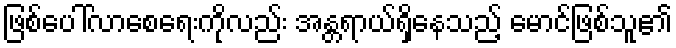
ဖြစ်ပေါ်လာစေရေးကိုလည်း အန္တရာယ်ရှိနေသည့် မောင်ဖြစ်သူ၏